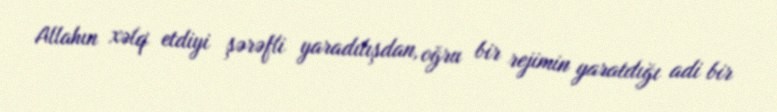
Allahın xəlq etdiyi şərəfli yaradılışdan, oğru bir rejimin yaratdığı adi bir